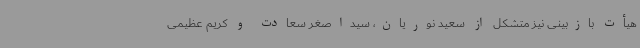
هیأت بازبینی نیز متشکل از سعید نوریان، سیداصغر سعادت و کریم عظیمی